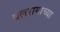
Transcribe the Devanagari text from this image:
बलरामाच्या